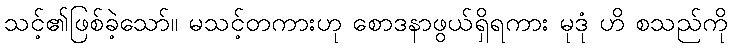
သင့်၏ဖြစ်ခဲ့သော်။ မသင့်တကားဟု စောဒနာဖွယ်ရှိရကား မုဒုံ ဟိ စသည်ကို